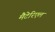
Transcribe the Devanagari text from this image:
मैटेरिएल